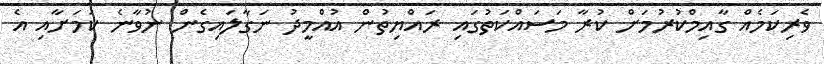
ވެރިކަމެއް ގާއިމްކުރުމަށް ކުރާ މަސައްކަތުގައި ރައްޔިތުން އުއްމީދު ނަގާލައިގެން ނުވާނެ ކަމަށާއި އެ